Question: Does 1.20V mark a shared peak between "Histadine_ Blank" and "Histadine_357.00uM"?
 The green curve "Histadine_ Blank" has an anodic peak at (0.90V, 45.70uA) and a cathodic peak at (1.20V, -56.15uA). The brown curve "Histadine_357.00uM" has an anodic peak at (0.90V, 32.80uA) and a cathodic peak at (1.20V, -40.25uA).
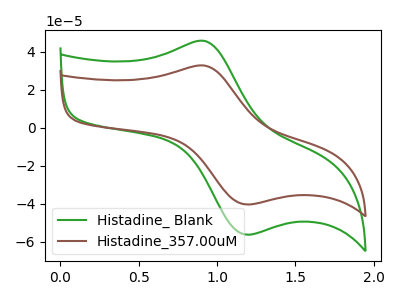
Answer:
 <answer>Yes, "Histadine_ Blank" and "Histadine_357.00uM" share a peak at 1.20V.</answer>
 <eval>match</eval>